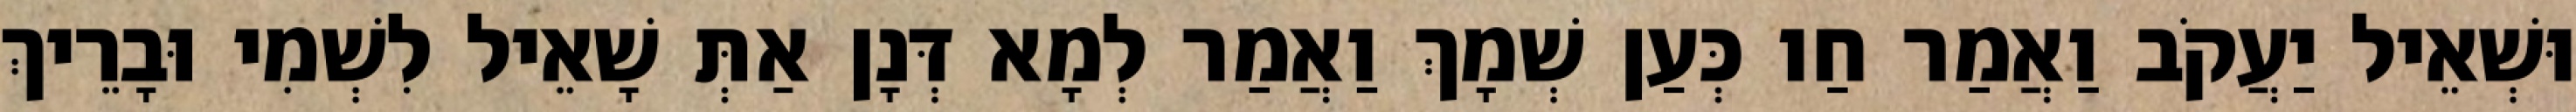
וּשְׁאֵיל יַעֲקֹב וַאֲמַר חַו כְּעַן שְׁמָךְ וַאֲמַר לְמָא דְּנָן אַתְּ שָׁאֵיל לִשְׁמִי וּבָרֵיךְ